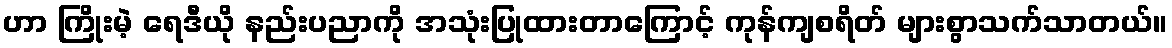
ဟာ ကြိုးမဲ့ ရေဒီယို နည်းပညာကို အသုံးပြုထားတာကြောင့် ကုန်ကျစရိတ် များစွာသက်သာတယ်။